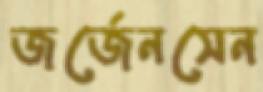
জর্জেনসেন